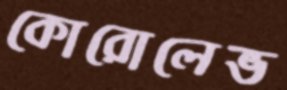
কোরোলেভ